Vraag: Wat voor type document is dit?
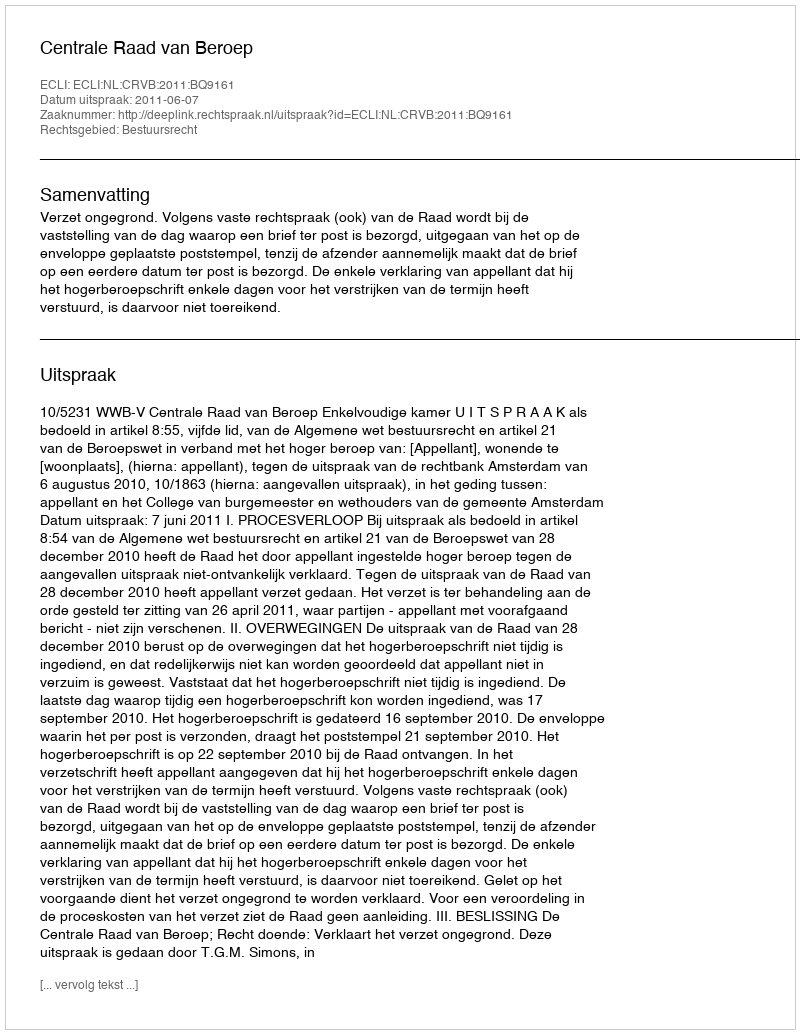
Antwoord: Uitspraak